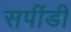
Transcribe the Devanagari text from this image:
सपींडी